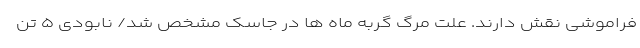
فراموشی نقش دارند. علت مرگ گربه ماه ها در جاسک مشخص شد/ نابودی ۵ تن